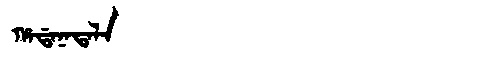
Manchu: ᡥᠠᡩᠠᠨᠠᡨᠠᠯᠠ
Romanization: HADANATALA